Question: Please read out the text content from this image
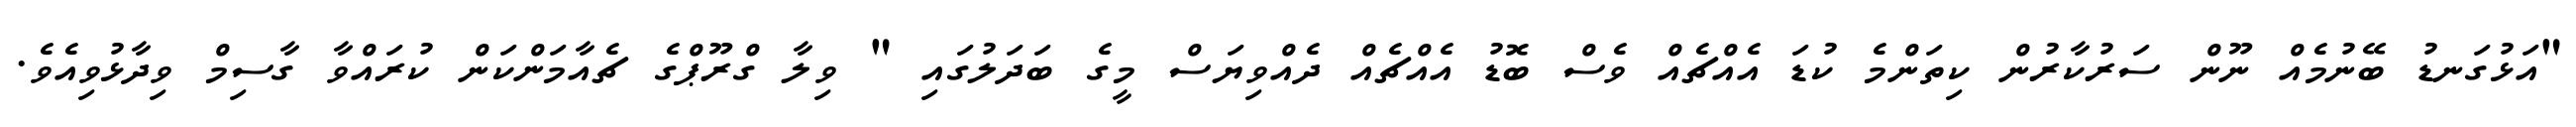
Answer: "އަޅުގަނޑު ބޭނުމެއް ނޫން ސަރުކާރުން ކިތަންމެ ކުޑަ އެއްޗެއް ވެސް ބޮޑު އެއްޗެއް ދެއްވިޔަސް މީގެ ބަދަލުގައި " ވިލާ ގްރޫޕްގެ ޗެއާމަންކަން ކުރައްވާ ގާސިމް ވިދާޅުވިއެވެ.